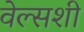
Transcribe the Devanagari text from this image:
वेल्सशी